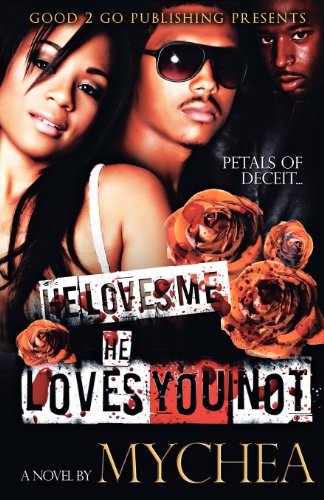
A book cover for He loves me, He loves you not; Mychea; Mystery, Thriller & Suspense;